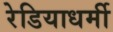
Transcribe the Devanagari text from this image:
रेडियाधर्मी